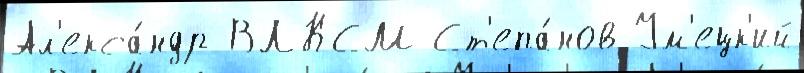
Ал'екса́ндр ВЛКСМ Ст'епа́нов Ум'ецк'ий